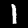
Label: 1